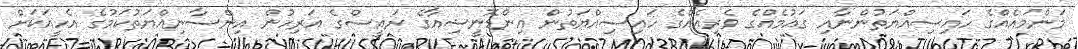
މަންމައެއްގެ ހައިސިއްޔަތުންނާއި ގައުމެއްގެ ވެރިއެއްގެ ހައިސިއްޔަތުން އިންޑޮނީޝިއާގެ ރައީސްގެ އަރިހުން އިންސާނިއްޔަތުކަމުގެ އެހީއަކަށް